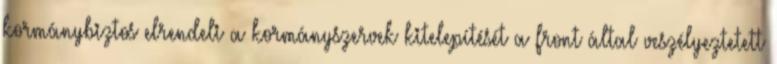
kormánybiztos elrendeli a kormányszervek kitelepítését a front által veszélyeztetett